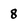
Character: 8